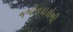
જમીનદારોની